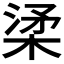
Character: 𣓥